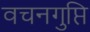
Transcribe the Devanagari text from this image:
वचनगुप्ति